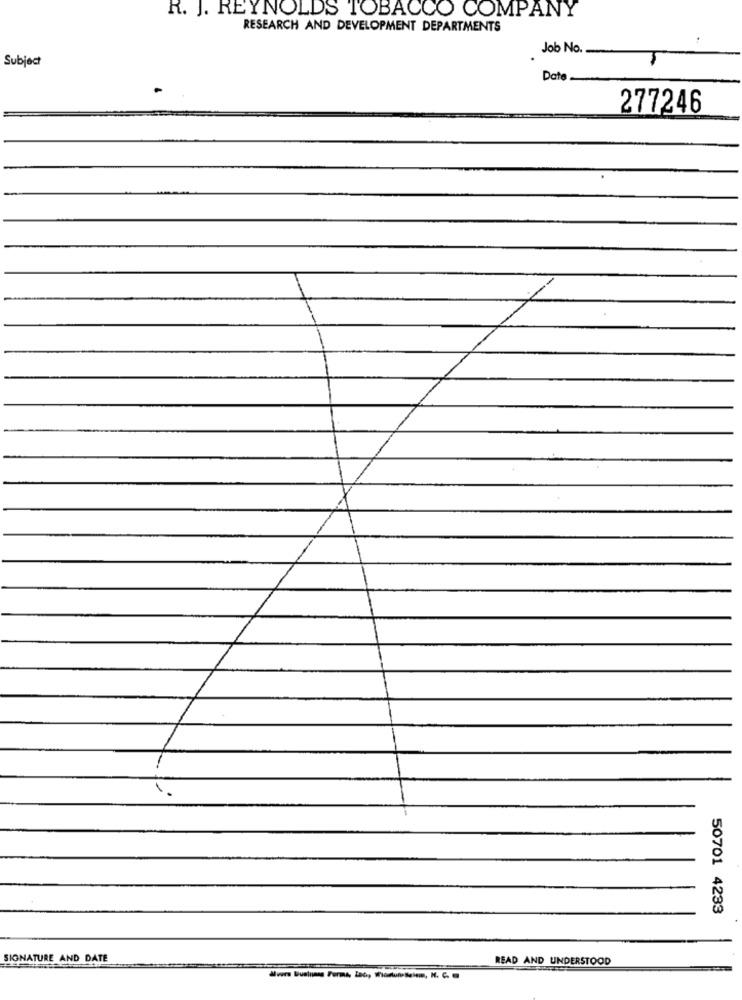
R. J. REYNOLDS TOBACCO COMPANY
RESEARCH AND DEVELOPMENT DEPARTMENTS
Job No.
Subject
Date
277246
7
50701 4233
SIGNATURE AND DATE
READ AND UNDERSTOOD